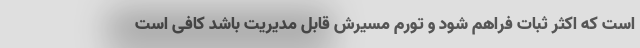
است که اکثر ثبات فراهم شود و تورم مسیرش قابل مدیریت باشد کافی است